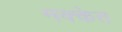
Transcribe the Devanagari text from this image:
मक्केत